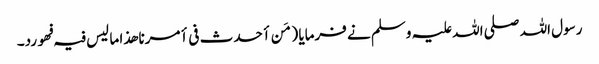
رسول اللہ صلی اللہ علیہ وسلم نے فرمایا ( مَن أحدث فی أمرنا ھذا ما لیس فیہ فھو رد۔